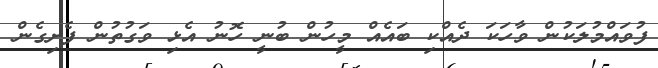
ފުވައްމުލަކުން ވާހަކަ ދެއްކި ބައެއް މީހުން ބުނީ ހޮނު އެޅި ވަގުތުން ފެށިގެން